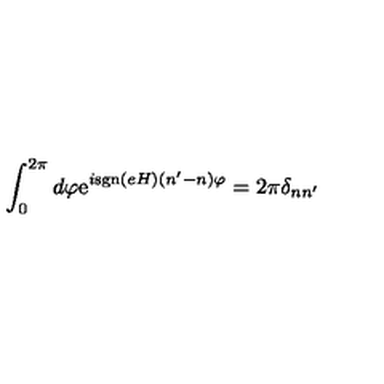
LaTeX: \int _ { 0 } ^ { 2 \pi } d \varphi \mathrm { e } ^ { i \mathrm { s g n } ( e H ) ( n ^ { \prime } - n ) \varphi } = 2 \pi \delta _ { n n ^ { \prime } }